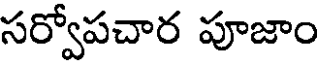
సర్వోపచార పూజాం